Civil Veterinary Department. Madras. Admin. report 1926-33 - 1926-1933
Year: 1926
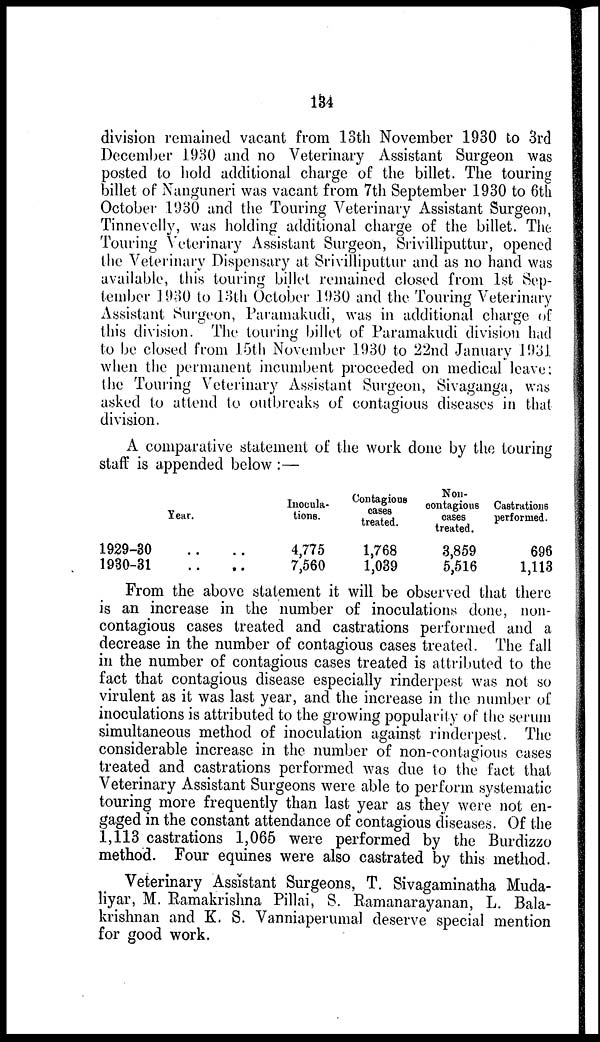
134
division remained vacant from 13th November 1930 to 3rd
December 1930 and no Veterinary Assistant Surgeon was
posted to hold additional charge of the billet. The touring
billet of Nanguneri was vacant from 7th September 1930 to 6th
October 1930 and the Touring Veterinary Assistant Surgeon,
Tinnevelly, was holding additional charge of the billet. The
Touring Veterinary Assistant Surgeon, Srivilliputtur, opened
the Veterinary Dispensary at Srivilliputtur and as no hand was
available, this touring billet remained closed from 1st Sep-
tember 1930 to 13th October 1930 and the Touring Veterinary
Assistant Surgeon, Paramakudi, was in additional charge of
this division. The touring billet of Paramakudi division had
to be closed from 15th November 1930 to 22nd January 1931
when the permanent incumbent proceeded on medical leave:
the Touring Veterinary Assistant Surgeon, Sivaganga, was
asked to attend to outbreaks of contagious diseases in that
division.
A comparative statement of the work done by the touring
staff is appended below :—
Year.
1929-30 .. ..
1930-31 .. ..
Inocula-
tions.
4,775
7,560
Contagious
cases
treated.
1,768
1,039
Non-
contagious
cases
treated.
3,859
5,516
Castrations
performed.
696
1,113
From the above statement it will be observed that there
is an increase in the number of inoculations done, non-
contagious cases treated and castrations performed and a
decrease in the number of contagious cases treated. The fall
in the number of contagious cases treated is attributed to the
fact that contagious disease especially rinderpest was not so
virulent as it was last year, and the increase in the number of
inoculations is attributed to the growing popularity of the serum
simultaneous method of inoculation against rinderpest. The
considerable increase in the number of non-contagious cases
treated and castrations performed was due to the fact that
Veterinary Assistant Surgeons were able to perform systematic
touring more frequently than last year as they were not en-
gaged in the constant attendance of contagious diseases. Of the
1,113 castrations 1,065 were performed by the Burdizzo
method. Four equines were also castrated by this method.
Veterinary Assistant Surgeons, T. Sivagaminatha Muda-
liyar, M. Ramakrishna Pillai, S. Ramanarayanan, L. Bala-
krishnan and K. S. Vanniaperumal deserve special mention
for good work.